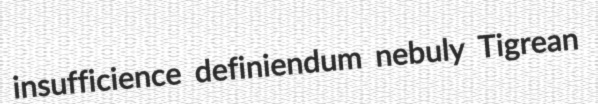
insufficience definiendum nebuly Tigrean